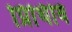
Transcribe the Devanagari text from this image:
प्रिथिवि